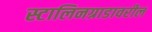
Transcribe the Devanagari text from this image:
स्टालिनग्राडावरील